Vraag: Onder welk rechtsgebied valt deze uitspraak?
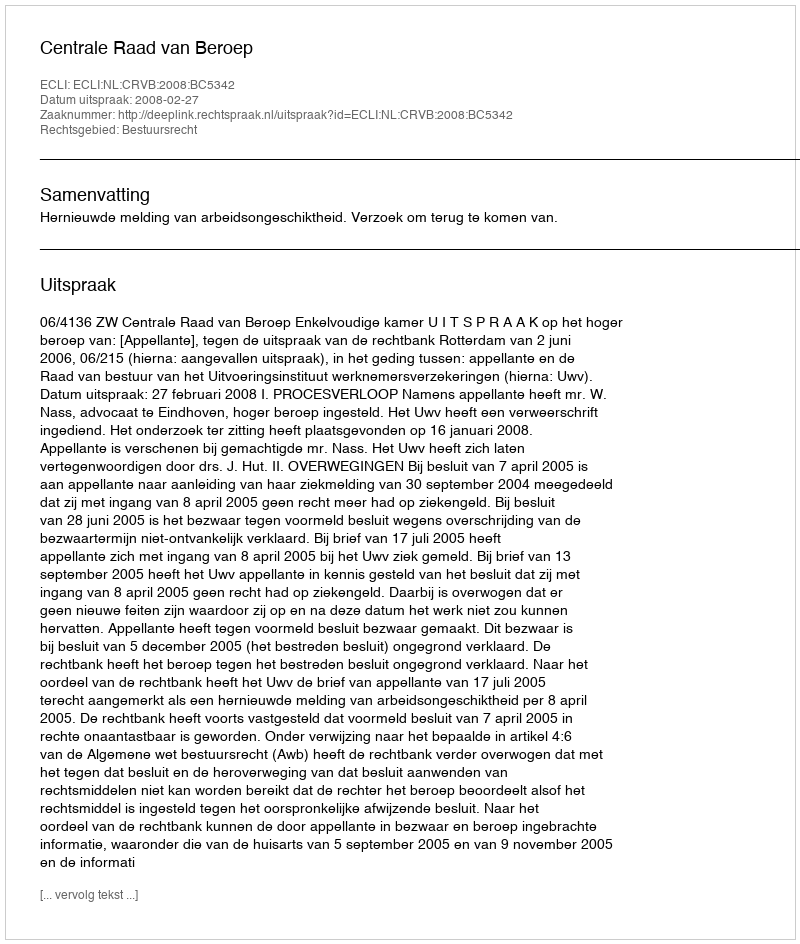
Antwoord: Bestuursrecht